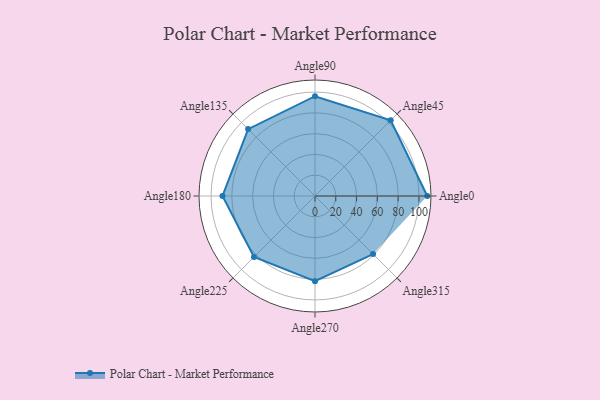
{"axis": {"x": "Angle", "y": "Radius"}, "legend": [""], "data": [{"x": "Angle0", "y": 108.0, "type": ""}, {"x": "Angle45", "y": 103.0, "type": ""}, {"x": "Angle90", "y": 96.0, "type": ""}, {"x": "Angle135", "y": 91.0, "type": ""}, {"x": "Angle180", "y": 89.0, "type": ""}, {"x": "Angle225", "y": 83.0, "type": ""}, {"x": "Angle270", "y": 82.0, "type": ""}, {"x": "Angle315", "y": 79.0, "type": ""}]}